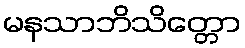
မနသာဘိသိတ္တော